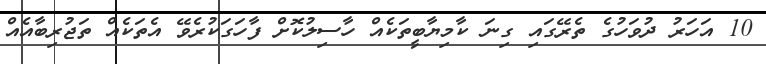
10 އަހަރު ދުވަހުގެ ތެރޭގައި ގިނަ ކާމިޔާބީތަކެއް ހާސިލުކޮށް ފާހަގަކުރެވޭ އެތަކެއް ތަޖުރިބާއެއް